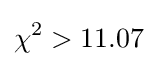
\chi ^{2}>11.07